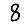
Digit: 8